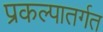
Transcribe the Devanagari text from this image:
प्रकल्पातर्गत